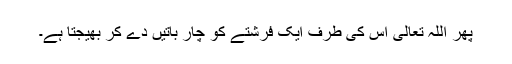
پھر اللہ تعالی اس کی طرف ایک فرشتے کو چار باتیں دے کر بھیجتا ہے۔